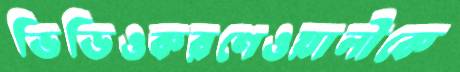
ভিডিওকরণেওয়ালীকে